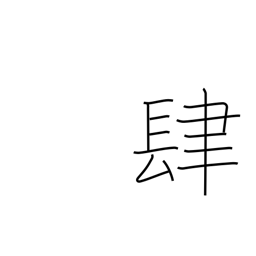
Meaning: four